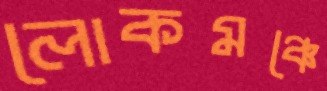
লোকমঞ্চে